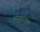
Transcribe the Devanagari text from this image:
मनुस्त्वष्टा